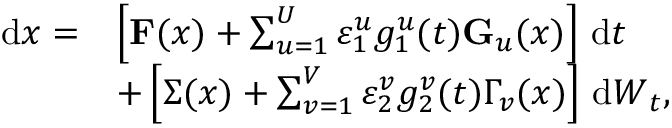
\begin{array} { r l } { \, \mathrm { d } \boldsymbol { x } = } & { \left[ \mathbf { F } ( \boldsymbol { x } ) + \sum _ { u = 1 } ^ { U } \varepsilon _ { 1 } ^ { u } g _ { 1 } ^ { u } ( t ) \mathbf { G } _ { u } ( \boldsymbol { x } ) \right] \, \mathrm { d } t } \\ & { + \left[ \boldsymbol { \Sigma } ( \boldsymbol { x } ) + \sum _ { v = 1 } ^ { V } \varepsilon _ { 2 } ^ { v } g _ { 2 } ^ { v } ( t ) \Gamma _ { v } ( \boldsymbol { x } ) \right] \, \mathrm { d } { \boldsymbol { W } _ { t } } , } \end{array}